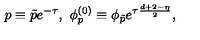
p \equiv \tilde { p } e ^ { - \tau } , \ \phi _ { p } ^ { ( 0 ) } \equiv \phi _ { \tilde { p } } e ^ { \tau \frac { d + 2 - \eta } { 2 } } ,